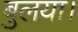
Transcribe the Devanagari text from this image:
बुलया।